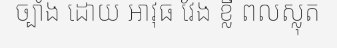
ច្បាំង ដោយ អាវុធ វែង ខ្លី ពលស្លុត